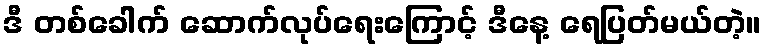
ဒီ တစ်ခေါက် ဆောက်လုပ်ရေးကြောင့် ဒီနေ့ ရေပြတ်မယ်တဲ့။